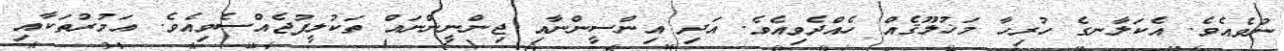
ނުވެއެވެ. އެކަލާނގެ ހުރިހާ މަޚުލޫޤެއް ހެއްދެވިއެވެ. އަދި އިންސީންނާއި ޖިންނީންނައް ތަކުލީފުޖެއްސެވިއެވެ. އަމުރުތަކާއި